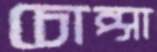
চোপ্‌সা